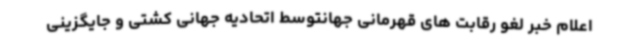
اعلام خبر لغو رقابت های قهرمانی جهانتوسط اتحادیه جهانی کشتی و جایگزینی